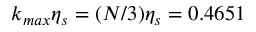
k _ { m a x } \eta _ { s } = ( N / 3 ) \eta _ { s } = 0 . 4 6 5 1